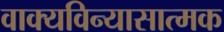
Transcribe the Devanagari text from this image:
वाक्यविन्यासात्मक